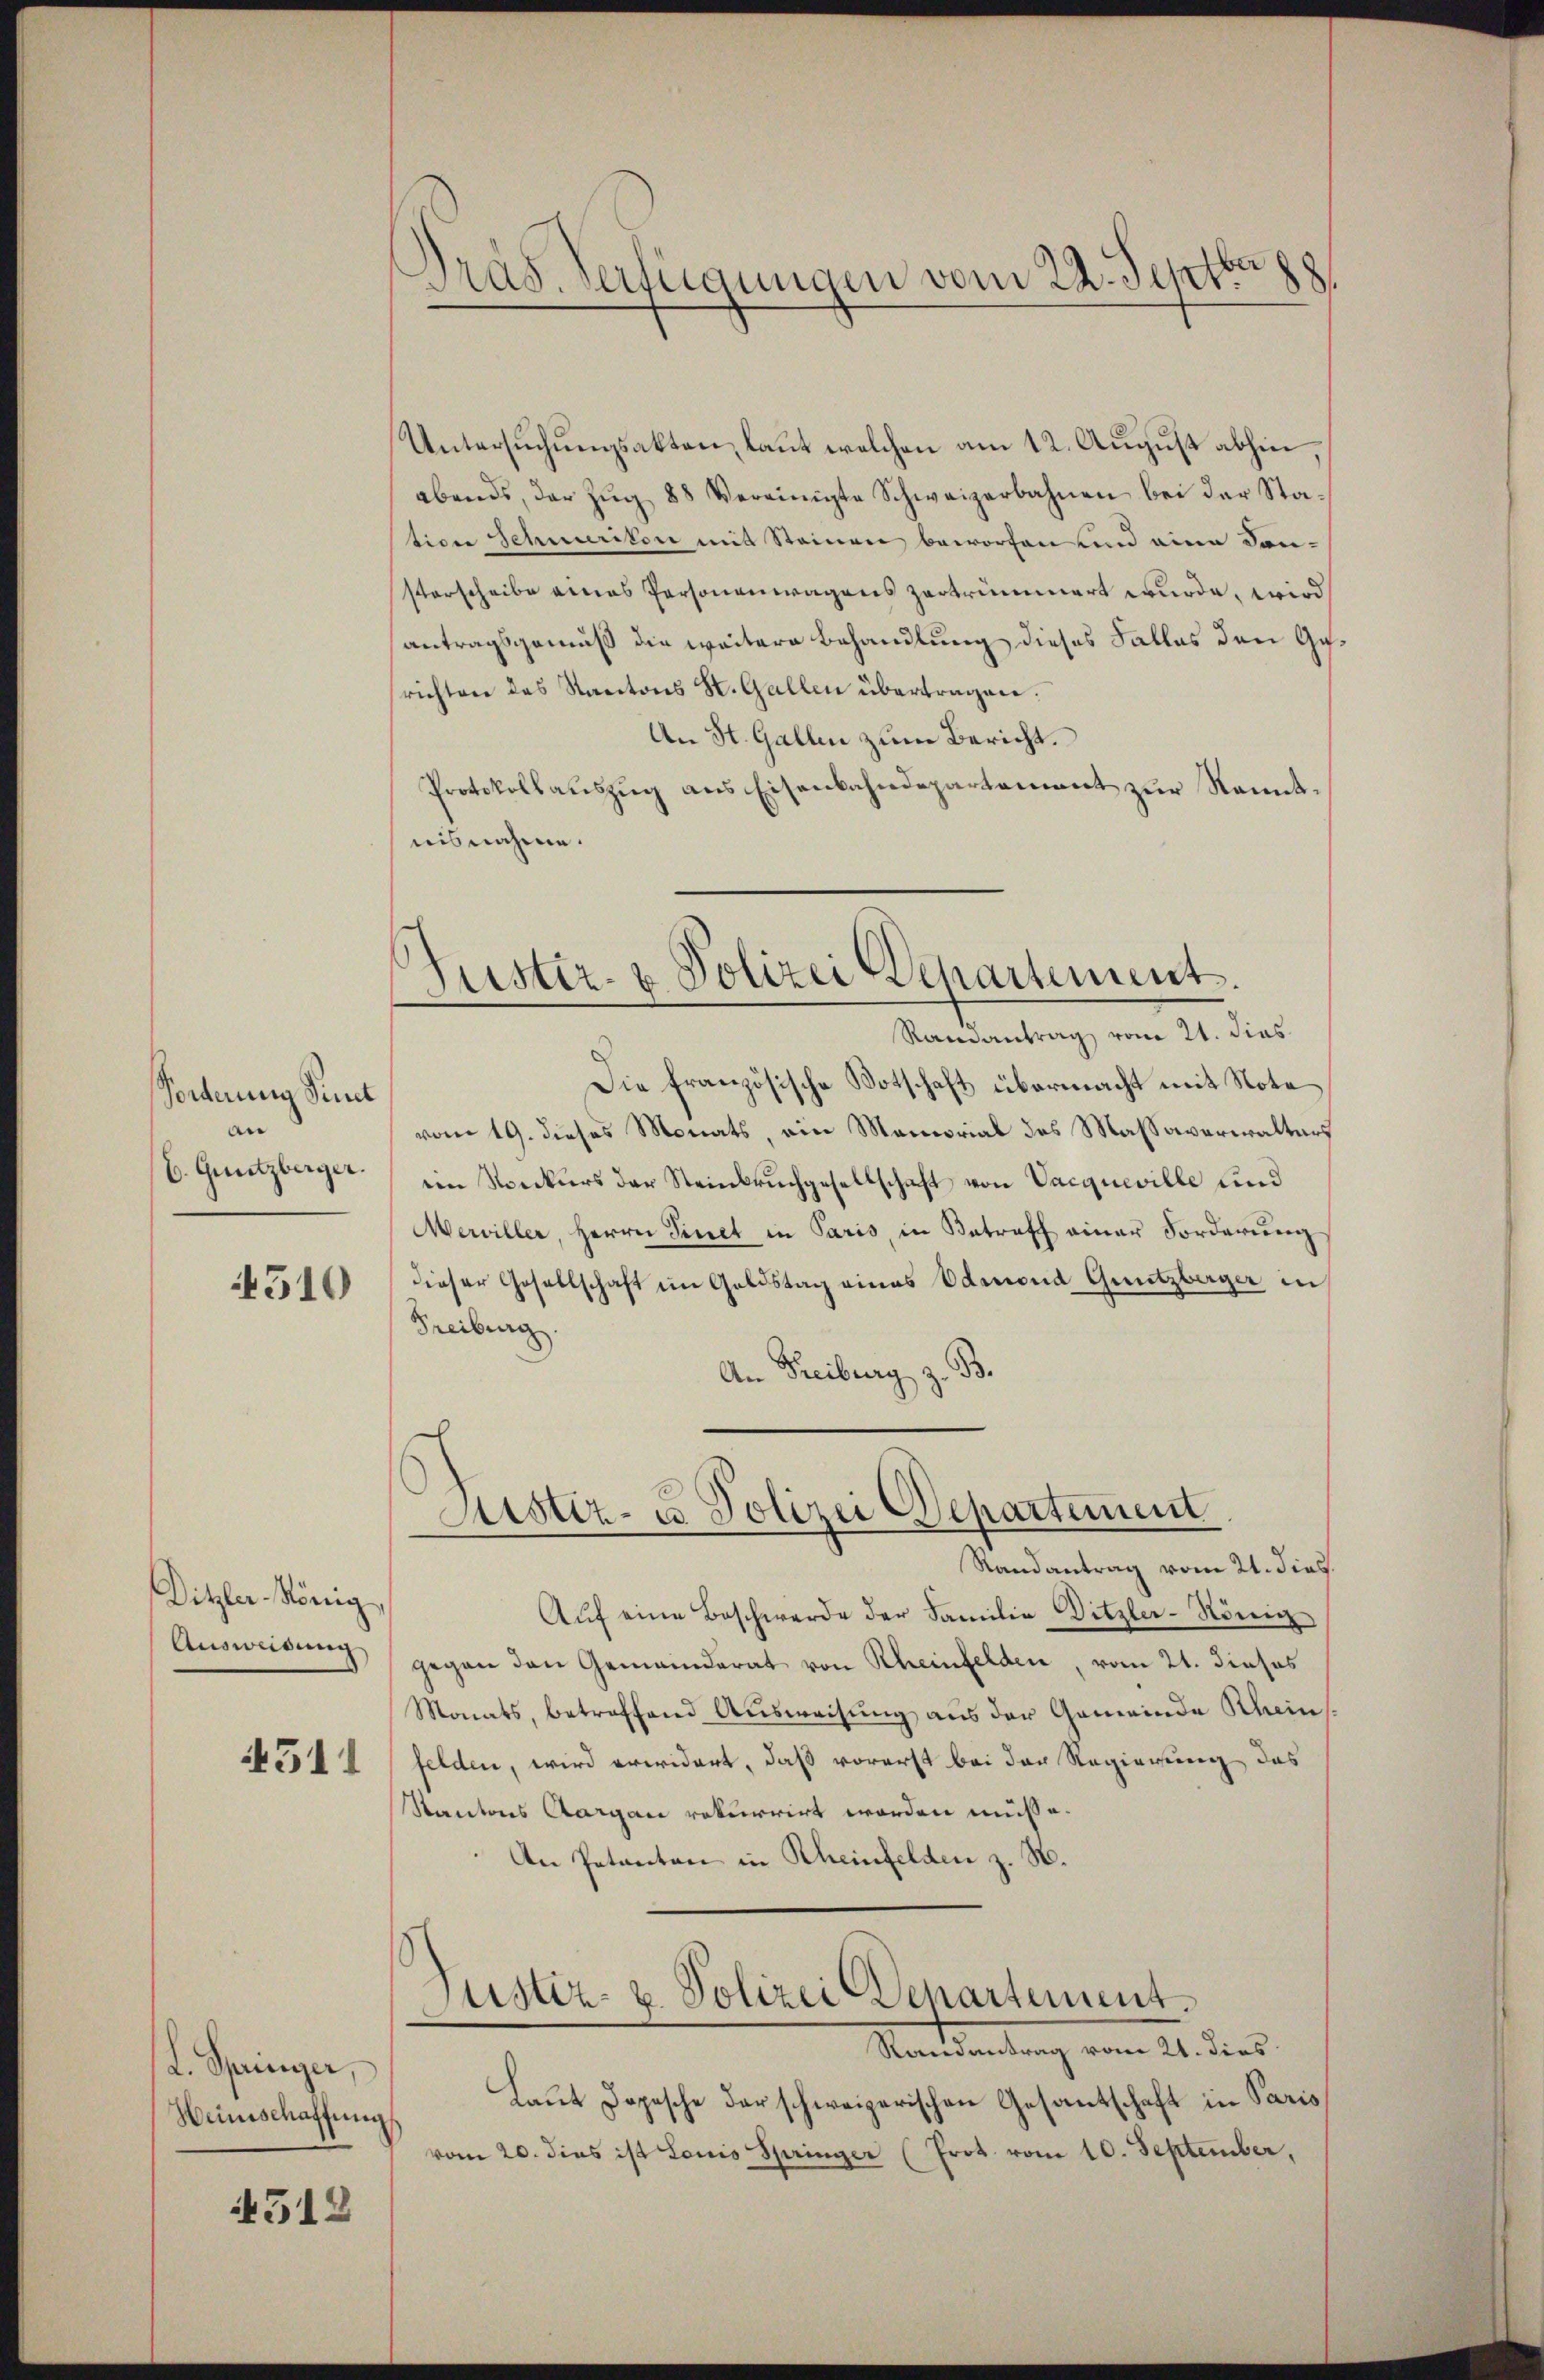
Forderung Sindt
e
b. Guntzberger.

510

Ditzler König,
Ausweidung
4511

L. Springer,
Heinschaffung

512

¬
Präs. Verfügungen vom 22. Septt.

Untersŭchŭngsakten, laut welchen am 12. August abhin,
abends, der Zŭg 88 vereinigte Schweizerbahnen bei der Sta-
tion Schmerikon mit Steinen beworfen und eine Son-
sterscheibe eines Personenwagens zertrümmert wurde, wird
antragsgemäß die weitere Behandlung dieses Falles den Gerichten des Kantons St. Gallen übertragen:
An St. Gallen zum Bericht.
Protokollaŭszŭg ans Eisenbahndepartement zŭr Kennt-
nisnahme.

Justiz- & Polizei Departement.
Randantrag vom 21. dies

Die französische Botschaft übermacht mit Note
vom 19. dieses Monats, ein Memorial des Massaverwalters
ein Streckurs der Steinbruchgesellschaft von Vacqneville und
Mewiller, Herrn Sinet in Paris, in Betreff einer Forderŭng
dieser Gesellschaft im Goldstag eines Admond Guitzberger in
Freiburg.
An Freiburg z. B.

Justiz- u. Polizei Departement
Randantrag vom 21. dies

Aŭf eine Beschwerde der Familie Ditzler-König
gegen den Gemeinderat von Rheinfelden, vom 21. dieses
Monats, betreffend Ausweisung aus der Gemeinde Rhein
felden, wird erwidert, daß vorerst bei der Regierung, das
Kantons Aargau rekurrirt worden müsse.
An Petenten in Rheinfelden z. B.
Justiz- u. Polizei Departement
Randantrag vom 21. dies
Laut Dopische der schweizerischen Gesantschaft in Paris
vom 20. dies ist Louis Springer (Prot. vom 10. September,